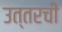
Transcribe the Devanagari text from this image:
उत्तरची